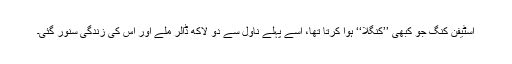
اسٹیفن کنگ جو کبھی ’’کنگلا‘‘ ہوا کرتا تھا، اسے پہلے ناول سے دو لاکھ ڈالر ملے اور اس کی زندگی سنور گئی۔